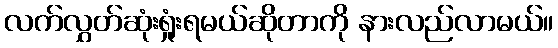
လက်လွှတ်ဆုံးရှုံးရမယ်ဆိုတာကို နားလည်လာမယ်။